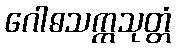
ဂေါဓသက္ကသုတ္တံ